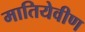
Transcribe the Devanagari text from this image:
मातियेवीण